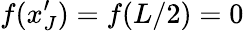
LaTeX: f(x_{J}^{\prime})=f(L/2)=0